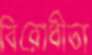
বিরোধীতা